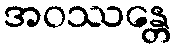
အဝဿန္တေ